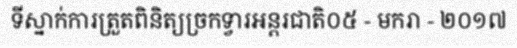
ទីស្នាក់ការត្រួតពិនិត្យច្រកទ្វារអន្តរជាតិ០៥ - មករា - ២០១៧